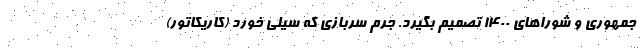
جمهوری و شوراهای 1400 تصمیم بگیرد. جرم سربازی که سیلی خورد (کاریکاتور)